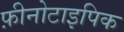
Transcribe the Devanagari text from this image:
फ़ीनोटाइपिक